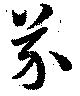
芥